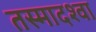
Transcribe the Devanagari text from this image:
तस्मादश्वा